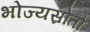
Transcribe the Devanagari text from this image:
भोज्यस्रोतों